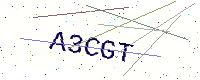
Text: A3CGT